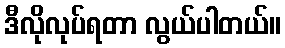
ဒီလိုလုပ်ရတာ လွယ်ပါတယ်။